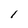
Character: 1